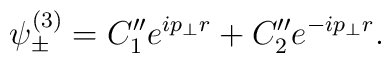
\psi _{\pm }^{(3)}=C_1^{\prime \prime }e^{ip_{\bot }r}+C_2^{\prime\prime }e^{-ip_{\bot }r}.